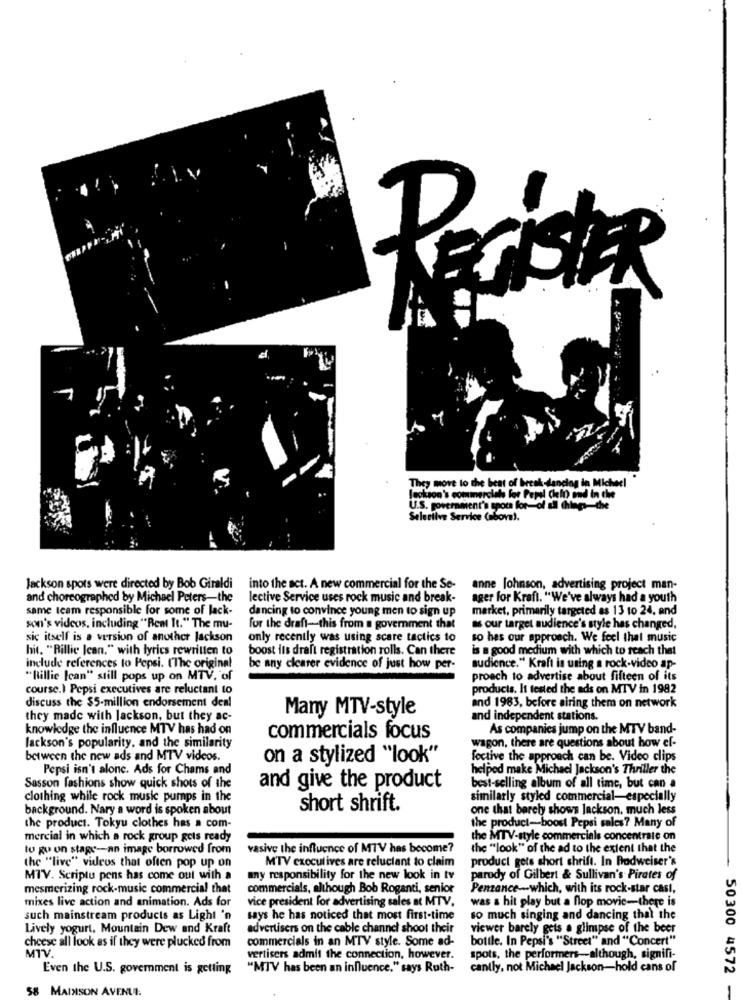
PRECISAR
Jackson's commercials for Papel Che
They move to the beat of break-dancing in Michee!
Pepal Cielo and In
U.S. government's spots for-of all things-the
Selective Service (above !.
Jackson spots were directed by Bob Giraldi into the act. A new commercial for the Se-
anne johnson, advertising project man-
and choreographed by Michael Peters-the
lective Service uses rock music and break-
ager for Kraft. "We've always had a youth
same leam responsible for some of lack-
dancing to convince young men to sign up
market, primarily targeted as 13 10 24, and
son's videos, including "Beat It." The mu-
for the draft-this from a government that
as our target audience's style has changed,
sic itself is a version of another jackson
only recently was using scare tactics to
so has our approach. We feel that music
hit. "Billie Jean," with lyrics rewritten to
boost its draft registration rolls. Can there
is a good medium with which to reach thet
include references to Pepsi. ('The original
be any clearer evidence of just how per-
audience." Kraft is using a rock-video ap-
"Billie lean" still pops up on MTV. of
proach to advertise about fifteen of its
course.) Pepsi executives are reluctant to
products. It tested the ads on MTV in 1982
discuss the $5-million endorsement deal
Many MTV-style
and 1983, before airing them on network
they made with Jackson, but they ac-
and independent stations.
knowledge the influence MTV has had on
As companies jump on the MTV band-
Jackson's popularity, and the similarity
commercials focus
wagon, there are questions about how ef-
between the new ads and MTV videos.
on a stylized "look"
fective the approach can be. Video clips
Pepsi isn't alone. Ads for Chams and
helped make Michael Jackson's Thriller the
Sasson fashions show quick shots of the
and give the product
best-selling album of all time, but can a
clothing while rock music pumps in the
similarly styled commercial-especially
background. Nary a word is spoken about
short shrift.
one that barely shows Jackson, much less
the product. Tokyu clothes has a com-
the product-boost Pepsi sales? Many of
mercial in which a rock group gets ready
the MTV-style commercials concentrate on
to go on stage -- an image borrowed from
vasive the influence of MTV has become?
the "look" of the ad to the extent that the
the "live" videos that often pop up on
MTV executives are reluctant to claim
product gets short shrift. In Rodweiser's
MTV. Scriptu pens has come out with a
any responsibility for the new look in tv
parody of Gilbert & Sullivan's Pirates of
mesmerizing rock-music commercial that
commercials, although Bob Roganti, senior
Penzance -- which, with its rock-star cast,
mixes live action and animation. Ads for
vice president for advertising sales at MTV.
was a hit play but a flop movie-there is
such mainstream products as Light 'n
says he has noticed that most first-time
so much singing and dancing that the
Lively yogurt, Mountain Dew and Kraft
advertisers on the cable channel shoot their
viewer barely gets a glimpse of the beer
cheese all look as if they were plucked from
commercials in an MTV style. Some ad-
bottle. In Pepsi's "Street" and "Concert"
MTV.
vertisers admit the connection, however.
spots, the performers-although, signifi-
Even the U.S. government is getting
"MTV has been an influence," says Ruth-
cantly, not Michael Jackson-hold cans of
50300 4572
58 MAINSON AVENUE.
-